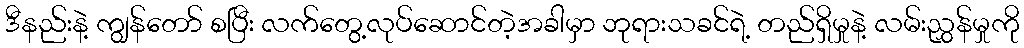
ဒီနည်းနဲ့ ကျွန်တော် စပြီး လက်တွေ့လုပ်ဆောင်တဲ့အခါမှာ ဘုရားသခင်ရဲ့ တည်ရှိမှုနဲ့ လမ်းညွှန်မှုကို